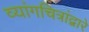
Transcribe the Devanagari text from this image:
व्यांगचित्रांद्वारे